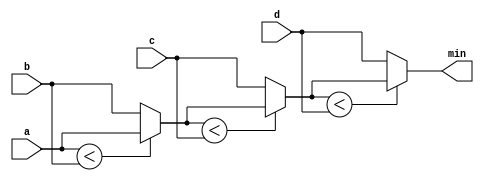
module top_module (
    input [7:0] a, b, c, d,
    output [7:0] min);
    wire [7:0] x,y,z;
    assign x=a<b?a:b;
    assign y=x<c?x:c;
    assign min=y<d?y:d;
    
endmodule